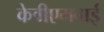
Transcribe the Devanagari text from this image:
केवीएमवाई